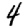
Digit: 4